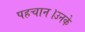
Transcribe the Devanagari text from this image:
पहचान।उनके